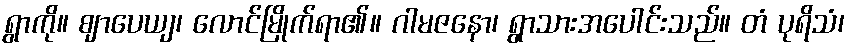
ရွာကို။ ဈာပေယျ၊ လောင်မြိုက်ရာ၏။ ဂါမဇနော၊ ရွာသားအပေါင်းသည်။ တံ ပုရိသံ၊